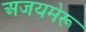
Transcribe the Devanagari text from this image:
अजयमेरू